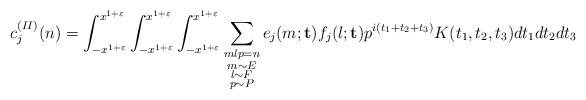
LaTeX: \begin{align*}c_j^{(II)}(n)=\int_{-x^{1+\varepsilon}}^{x^{1+\varepsilon}} \int_{-x^{1+\varepsilon}}^{x^{1+\varepsilon}} \int_{-x^{1+\varepsilon}}^{x^{1+\varepsilon}}\sum_{\substack{ m l p=n \\ m\sim E\\ l\sim F \\ p\sim P}}e_{j}(m;\mathbf{t})f_j(l;\mathbf{t})p^{i(t_1+t_2+t_3)} K(t_1, t_2 ,t_3)dt_1 dt_2 dt_3\end{align*}